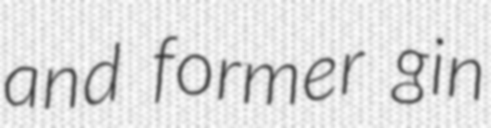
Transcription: and former gin